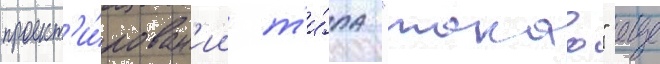
проект'и́рован'ии т'и́па "такао" еще